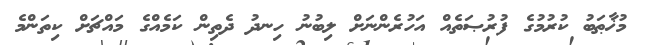
މުޚާޠަބު ކުރުމުގެ ފުރުޞަތެއް އަހުރެންނަށް ލިބުނު ހިނދު ދެތިން ކަމެއްގެ މައްޗަށް ކިތަންމެ